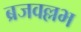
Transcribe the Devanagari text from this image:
ब्रजवल्लभ